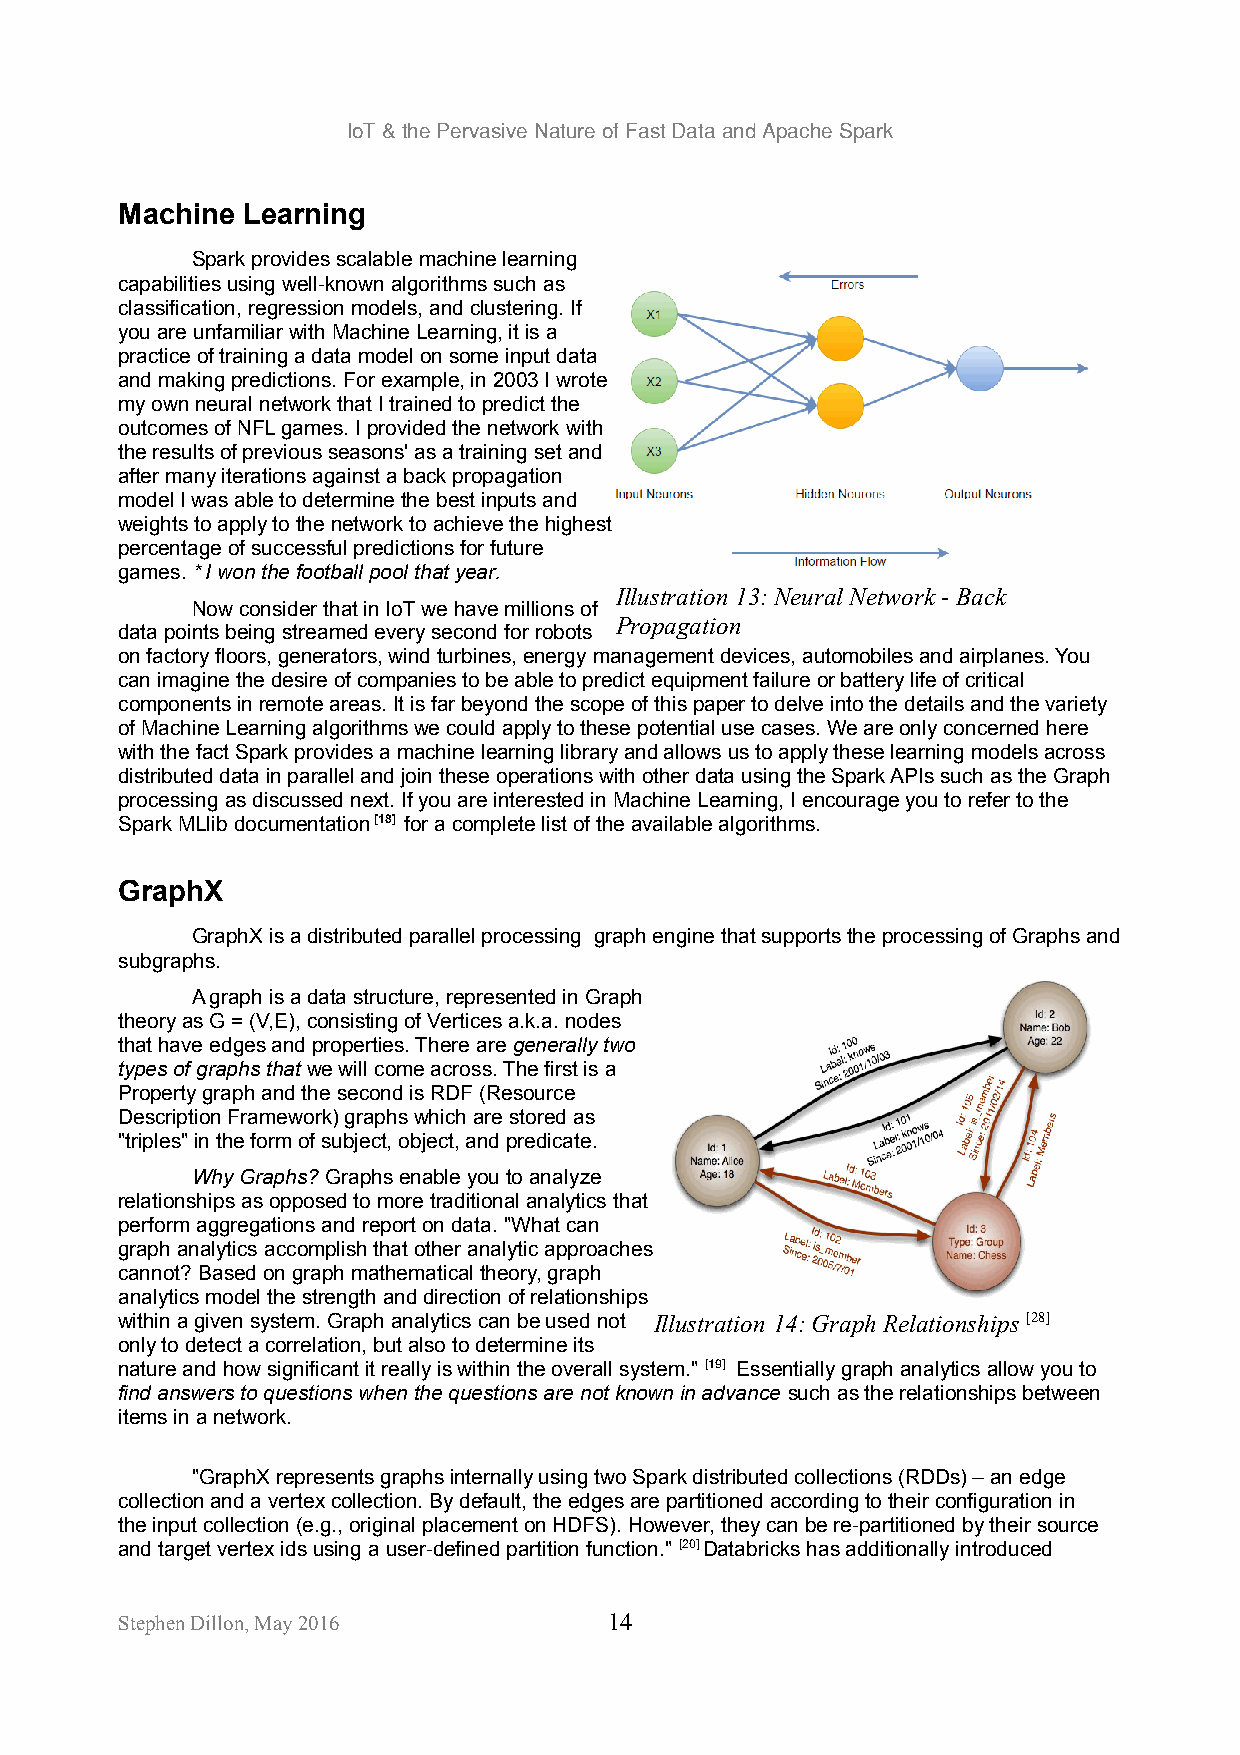
IoT & the Pervasive Nature of Fast Data and Apache Spark
 Machine Learning
 Spark provides scalable machine learning
 capabilities using well-known algorithms such as
 classification, regression models, and clustering. If
 you are unfamiliar with Machine Learning, it is a
 practice of training a data model on some input data
 and making predictions. For example, in 2003 I wrote
 my own neural network that I trained to predict the
 outcomes of NFL games. I provided the network with
 the results of previous seasons' as a training set and
 after many iterations against a back propagation
 model I was able to determine the best inputs and
 weights to apply to the network to achieve the highest
 percentage of successful predictions for future
 games. * I won the football pool that year.
 Illustration 13: Neural Network - Back
 Now consider that in IoT we have millions of
 Propagation
 data points being streamed every second for robots
 on factory floors, generators, wind turbines, energy management devices, automobiles and airplanes. You
 can imagine the desire of companies to be able to predict equipment failure or battery life of critical
 components in remote areas. It is far beyond the scope of this paper to delve into the details and the variety
 of Machine Learning algorithms we could apply to these potential use cases. We are only concerned here
 with the fact Spark provides a machine learning library and allows us to apply these learning models across
 distributed data in parallel and join these operations with other data using the Spark APIs such as the Graph
 processing as discussed next. If you are interested in Machine Learning, I encourage you to refer to the
 Spark MLlib documentation [18] for a complete list of the available algorithms.
 GraphX
 GraphX is a distributed parallel processing graph engine that supports the processing of Graphs and
 subgraphs.
 A graph is a data structure, represented in Graph
 theory as G = (V,E), consisting of Vertices a.k.a. nodes
 that have edges and properties. There are generally two
 types of graphs that we will come across. The first is a
 Property graph and the second is RDF (Resource
 Description Framework) graphs which are stored as
 "triples" in the form of subject, object, and predicate.
 Why Graphs? Graphs enable you to analyze
 relationships as opposed to more traditional analytics that
 perform aggregations and report on data. "What can
 graph analytics accomplish that other analytic approaches
 cannot? Based on graph mathematical theory, graph
 analytics model the strength and direction of relationships
 within a given system. Graph analytics can be used not Illustration 14: Graph Relationships [28]
 only to detect a correlation, but also to determine its
 nature and how significant it really is within the overall system." [19] Essentially graph analytics allow you to
 find answers to questions when the questions are not known in advance such as the relationships between
 items in a network.
 "GraphX represents graphs internally using two Spark distributed collections (RDDs) – an edge
 collection and a vertex collection. By default, the edges are partitioned according to their configuration in
 the input collection (e.g., original placement on HDFS). However, they can be re-partitioned by their source
 and target vertex ids using a user-defined partition function." [20] Databricks has additionally introduced
 Stephen Dillon, May 2016        14